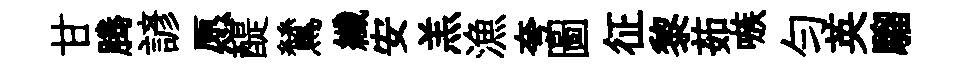
甘腾諺愿醍鷥纖安羔漁夸圖征黎茹嗾勻英騮